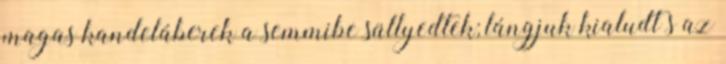
magas kandeláberek a semmibe süllyedtek; lángjuk kialudt s az